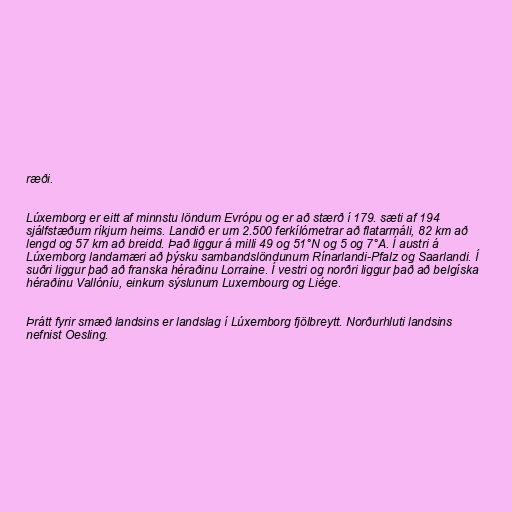
ræði.

Lúxemborg er eitt af minnstu löndum Evrópu og er að stærð í 179. sæti af 194
sjálfstæðum ríkjum heims. Landið er um 2.500 ferkílómetrar að flatarmáli, 82 km að
lengd og 57 km að breidd. Það liggur á milli 49 og 51°N og 5 og 7°A. Í austri á
Lúxemborg landamæri að þýsku sambandslöndunum Rínarlandi-Pfalz og Saarlandi. Í
suðri liggur það að franska héraðinu Lorraine. Í vestri og norðri liggur það að belgíska
héraðinu Vallóníu, einkum sýslunum Luxembourg og Liége.

Þrátt fyrir smæð landsins er landslag í Lúxemborg fjölbreytt. Norðurhluti landsins
nefnist Oesling.